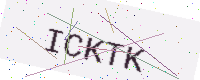
Text: ICKTK